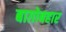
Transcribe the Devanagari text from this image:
बाग़ोबहार